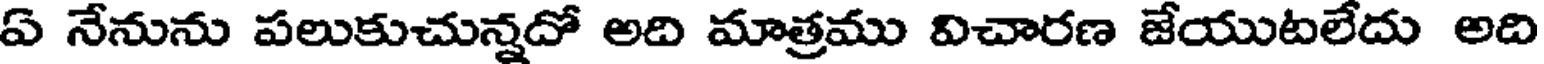
ఏ నేనును పలుకుచున్నదో అది మాత్రము విచారణ జేయుటలేదు అది